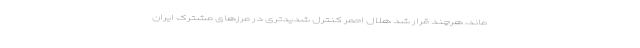
ماند، هرچند قرار شد هلال احمر کنترل شدیدتری در مرزهای مشترک ایران